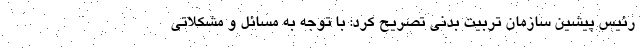
رئیس پیشین سازمان تربیت بدنی تصریح کرد: با توجه به مسائل و مشکلاتی